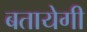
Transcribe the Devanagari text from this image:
बतायेगी